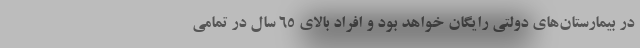
در بیمارستان‌های دولتی رایگان خواهد بود و افراد بالای ۶۵ سال در تمامی